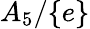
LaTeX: A_{5}/\lbrace e\rbrace